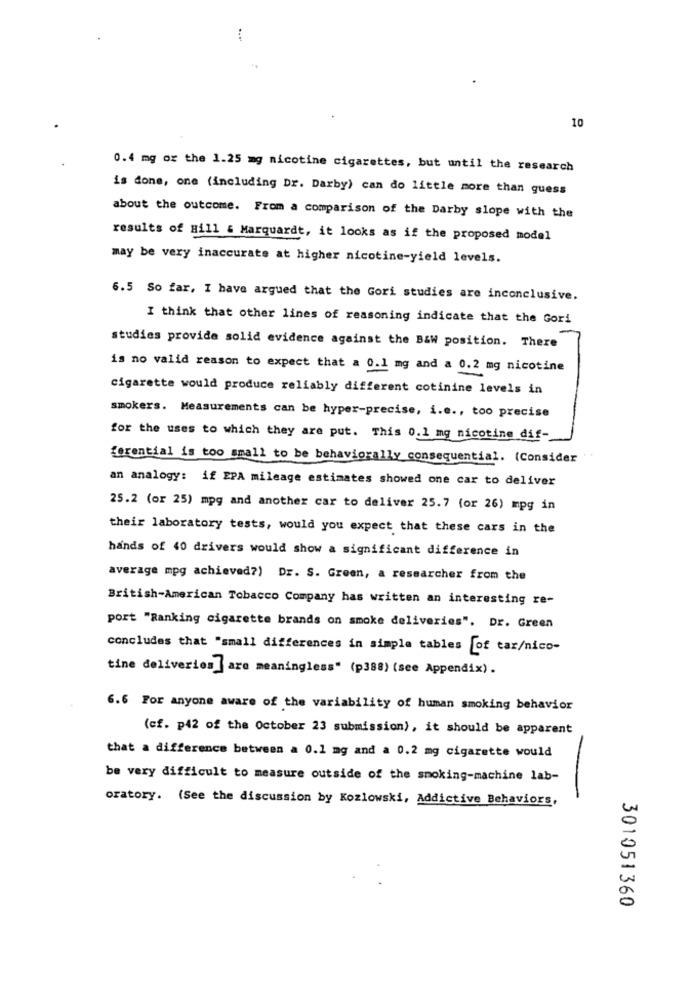
10
0.4 mg or the 1.25 mg nicotine cigarettes, but until the research
is done, one (including Dr. Darby) can do little more than guess
about the outcome. From a comparison of the Darby slope with the
results of Hill & Marquardt, it looks as if the proposed model
may be very inaccurate at higher nicotine-yield levels.
6.5 So far, I have argued that the Gori studies are inconclusive.
I think that other lines of reasoning indicate that the Gori
studies provide solid evidence against the B&W position. There
is no valid reason to expect that a 0.1 mg and a 0.2 mg nicotine
cigarette would produce reliably different cotinine levels in
smokers. Measurements can be hyper-precise, i.e ., too precise
for the uses to which they are put. This 0.1 mg nicotine dif-
ferential is too small to be behaviorally consequential. (Consider
an analogy: if EPA mileage estimates showed one car to deliver
25.2 (or 25) mpg and another car to deliver 25.7 (or 26) mpg in
their laboratory tests, would you expect that these cars in the
hands of 40 drivers would show a significant difference in
average mpg achieved?) Dr. S. Green, a researcher from the
British-American Tobacco Company has written an interesting re-
port "Ranking cigarette brands on smoke deliveries". Dr. Green
concludes that "small differences in simple tables [of tar/nico-
tine deliveries are meaningless" (p388) (see Appendix).
6.6 For anyone aware of the variability of human smoking behavior
(cf. p42 of the October 23 submission), it should be apparent
that a difference between a 0.1 mg and a 0.2 mg cigarette would
be very difficult to measure outside of the smoking-machine lab-
oratory. (See the discussion by Kozlowski, Addictive Behaviors,
301051360